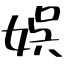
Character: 娯